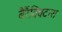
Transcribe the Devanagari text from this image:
बैरैंक्विटास